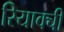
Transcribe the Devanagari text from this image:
रियाक्ची